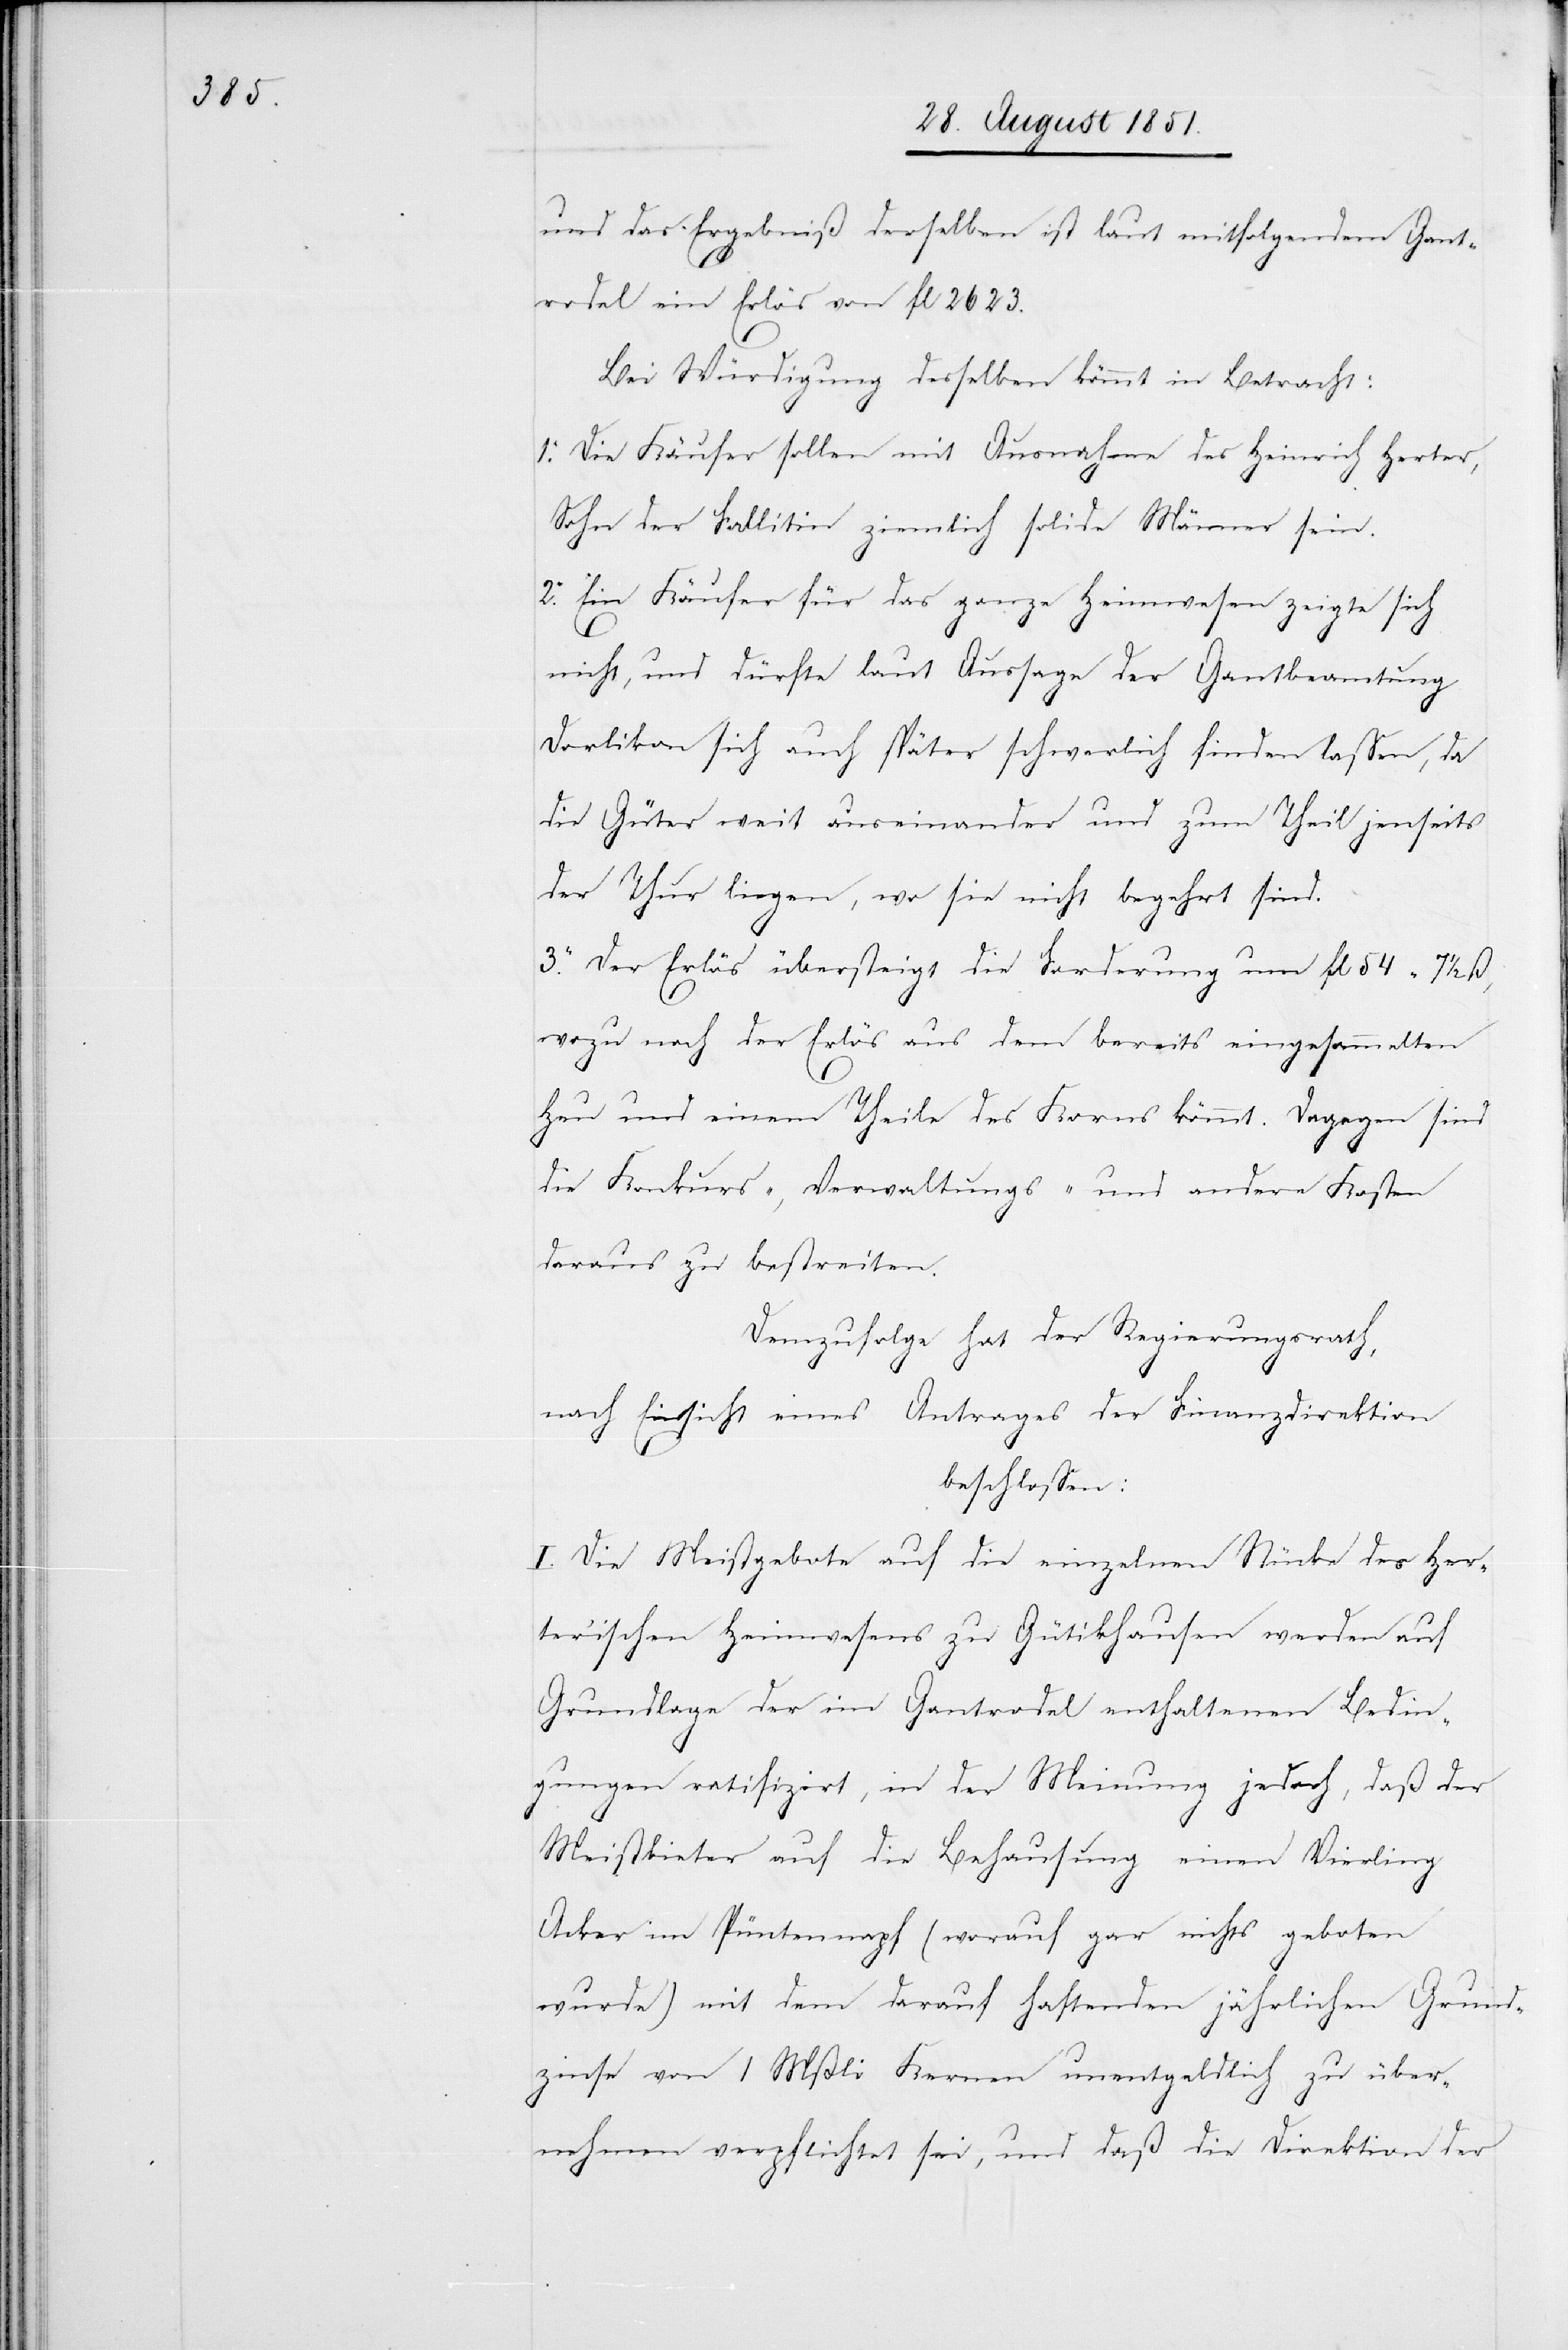
und das Ergebniß derselben ist laut mitfolgendem Gant¬
rodel ein Erlös von fl 2623.
Bei Würdigung desselben kömmt in Betracht:
1. Die Käufer sollen mit Ausnahme des Heinrich Herter,
Sohn der Fallitin ziemlich solide Männer sein.
2. Ein Käufer für das ganze Heimwesen zeigte sich
nicht, und dürfte laut Aussage der Gantbeamtung
Dorlikon sich auch später schwerlich finden lassen, da
die Güter weit auseinander und zum Theil jenseits
der Thur liegen, wo sie nicht begehrt sind.
3. Der Erlös übersteigt die Forderung um fl 54 7 1/2 ß,
wozu noch der Erlös aus dem bereits eingesammelten
Heu und einem Theile des Korns kömmt. Dagegen sind
die Konkurs-, Verwaltungs- und andere Kosten
daraus zu bestreiten.
Demzufolge hat der Regierungsrath,
nach Einsicht eines Antrages der Finanzdirektion
beschlossen:
I. Die Meistgebote auf die einzelnen Stücke des Her¬
ter’ischen Heimwesens zu Gütikhausen werden auf
Grundlage der im Gantrodel enthaltenen Bedin¬
gungen ratifizirt, in der Meinung jedoch, daß der
Meistbieter auf die Behausung einen Vierling
Acker im Püntennapf (worauf gar nichts geboten
wurde) mit dem darauf haftenden jährlichen Grund¬
zinse von 1 Mßli Kernen unentgeldlich zu über¬
nehmen verpflichtet sei, und daß die Direkton der